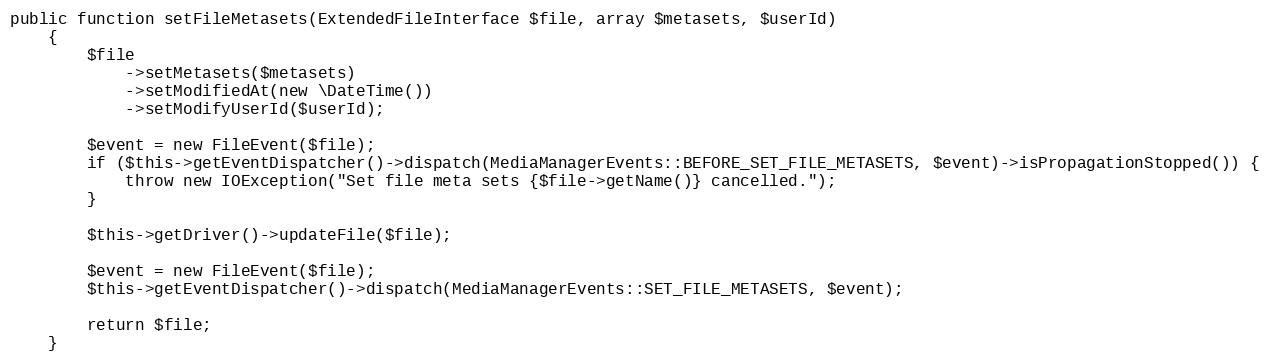
Language: PHP
public function setFileMetasets(ExtendedFileInterface $file, array $metasets, $userId)
    {
        $file
            ->setMetasets($metasets)
            ->setModifiedAt(new \DateTime())
            ->setModifyUserId($userId);

        $event = new FileEvent($file);
        if ($this->getEventDispatcher()->dispatch(MediaManagerEvents::BEFORE_SET_FILE_METASETS, $event)->isPropagationStopped()) {
            throw new IOException("Set file meta sets {$file->getName()} cancelled.");
        }

        $this->getDriver()->updateFile($file);

        $event = new FileEvent($file);
        $this->getEventDispatcher()->dispatch(MediaManagerEvents::SET_FILE_METASETS, $event);

        return $file;
    }